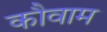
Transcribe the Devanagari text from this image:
कौवाम